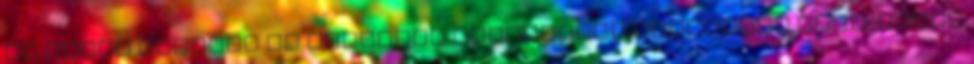
az ember őszinte az bizonyos embereknek fájdalmat okoz. Semmi